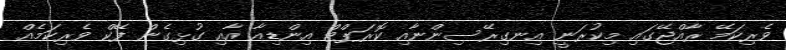
ވެރިކަމޭ ރާއްޖޭގައި މިކުރަނީ އިނގިރޭސިންނާއި ކޮރަޕްޓް އިންޑިއާ އާއި ގުޅިގެން ފޭކް ވެރިކަމެއް